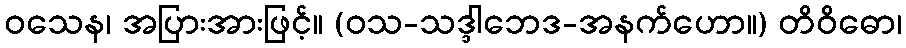
ဝသေန၊ အပြားအားဖြင့်။ (ဝသ-သဒ္ဒါဘေဒ-အနက်ဟော။) တိဝိဓော၊